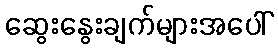
ဆွေးနွေးချက်များအပေါ်